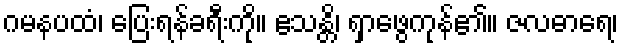
ဂမနပထံ၊ ပြေးရန်ခရီးကို။ ဧသန္တိ၊ ရှာဖွေကုန်၏။ ဇလဓာရေ၊